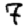
Digit: 7